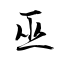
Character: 巫